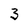
Character: 3